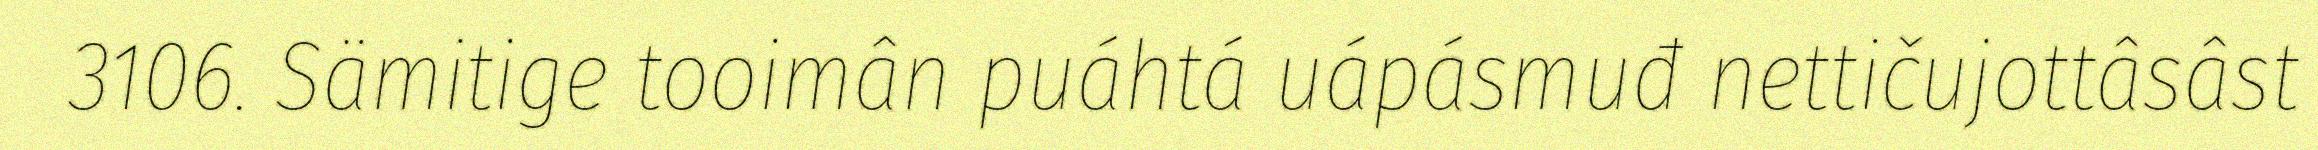
3106. Sämitige tooimân puáhtá uápásmuđ nettičujottâsâst